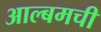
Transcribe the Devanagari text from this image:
आल्बमची